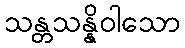
သန္တသန္နိဝါသော